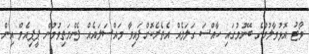
ވޯޓު އޮޅުވާލުމުގެ ބޭނުމުގައި ހާއްސަ ގަލަމެއް އެތެރެކޮށްފައިވާ މައްސަލައެއް ފެންމަތިވުމުން ޕީޕިއެމް އިން